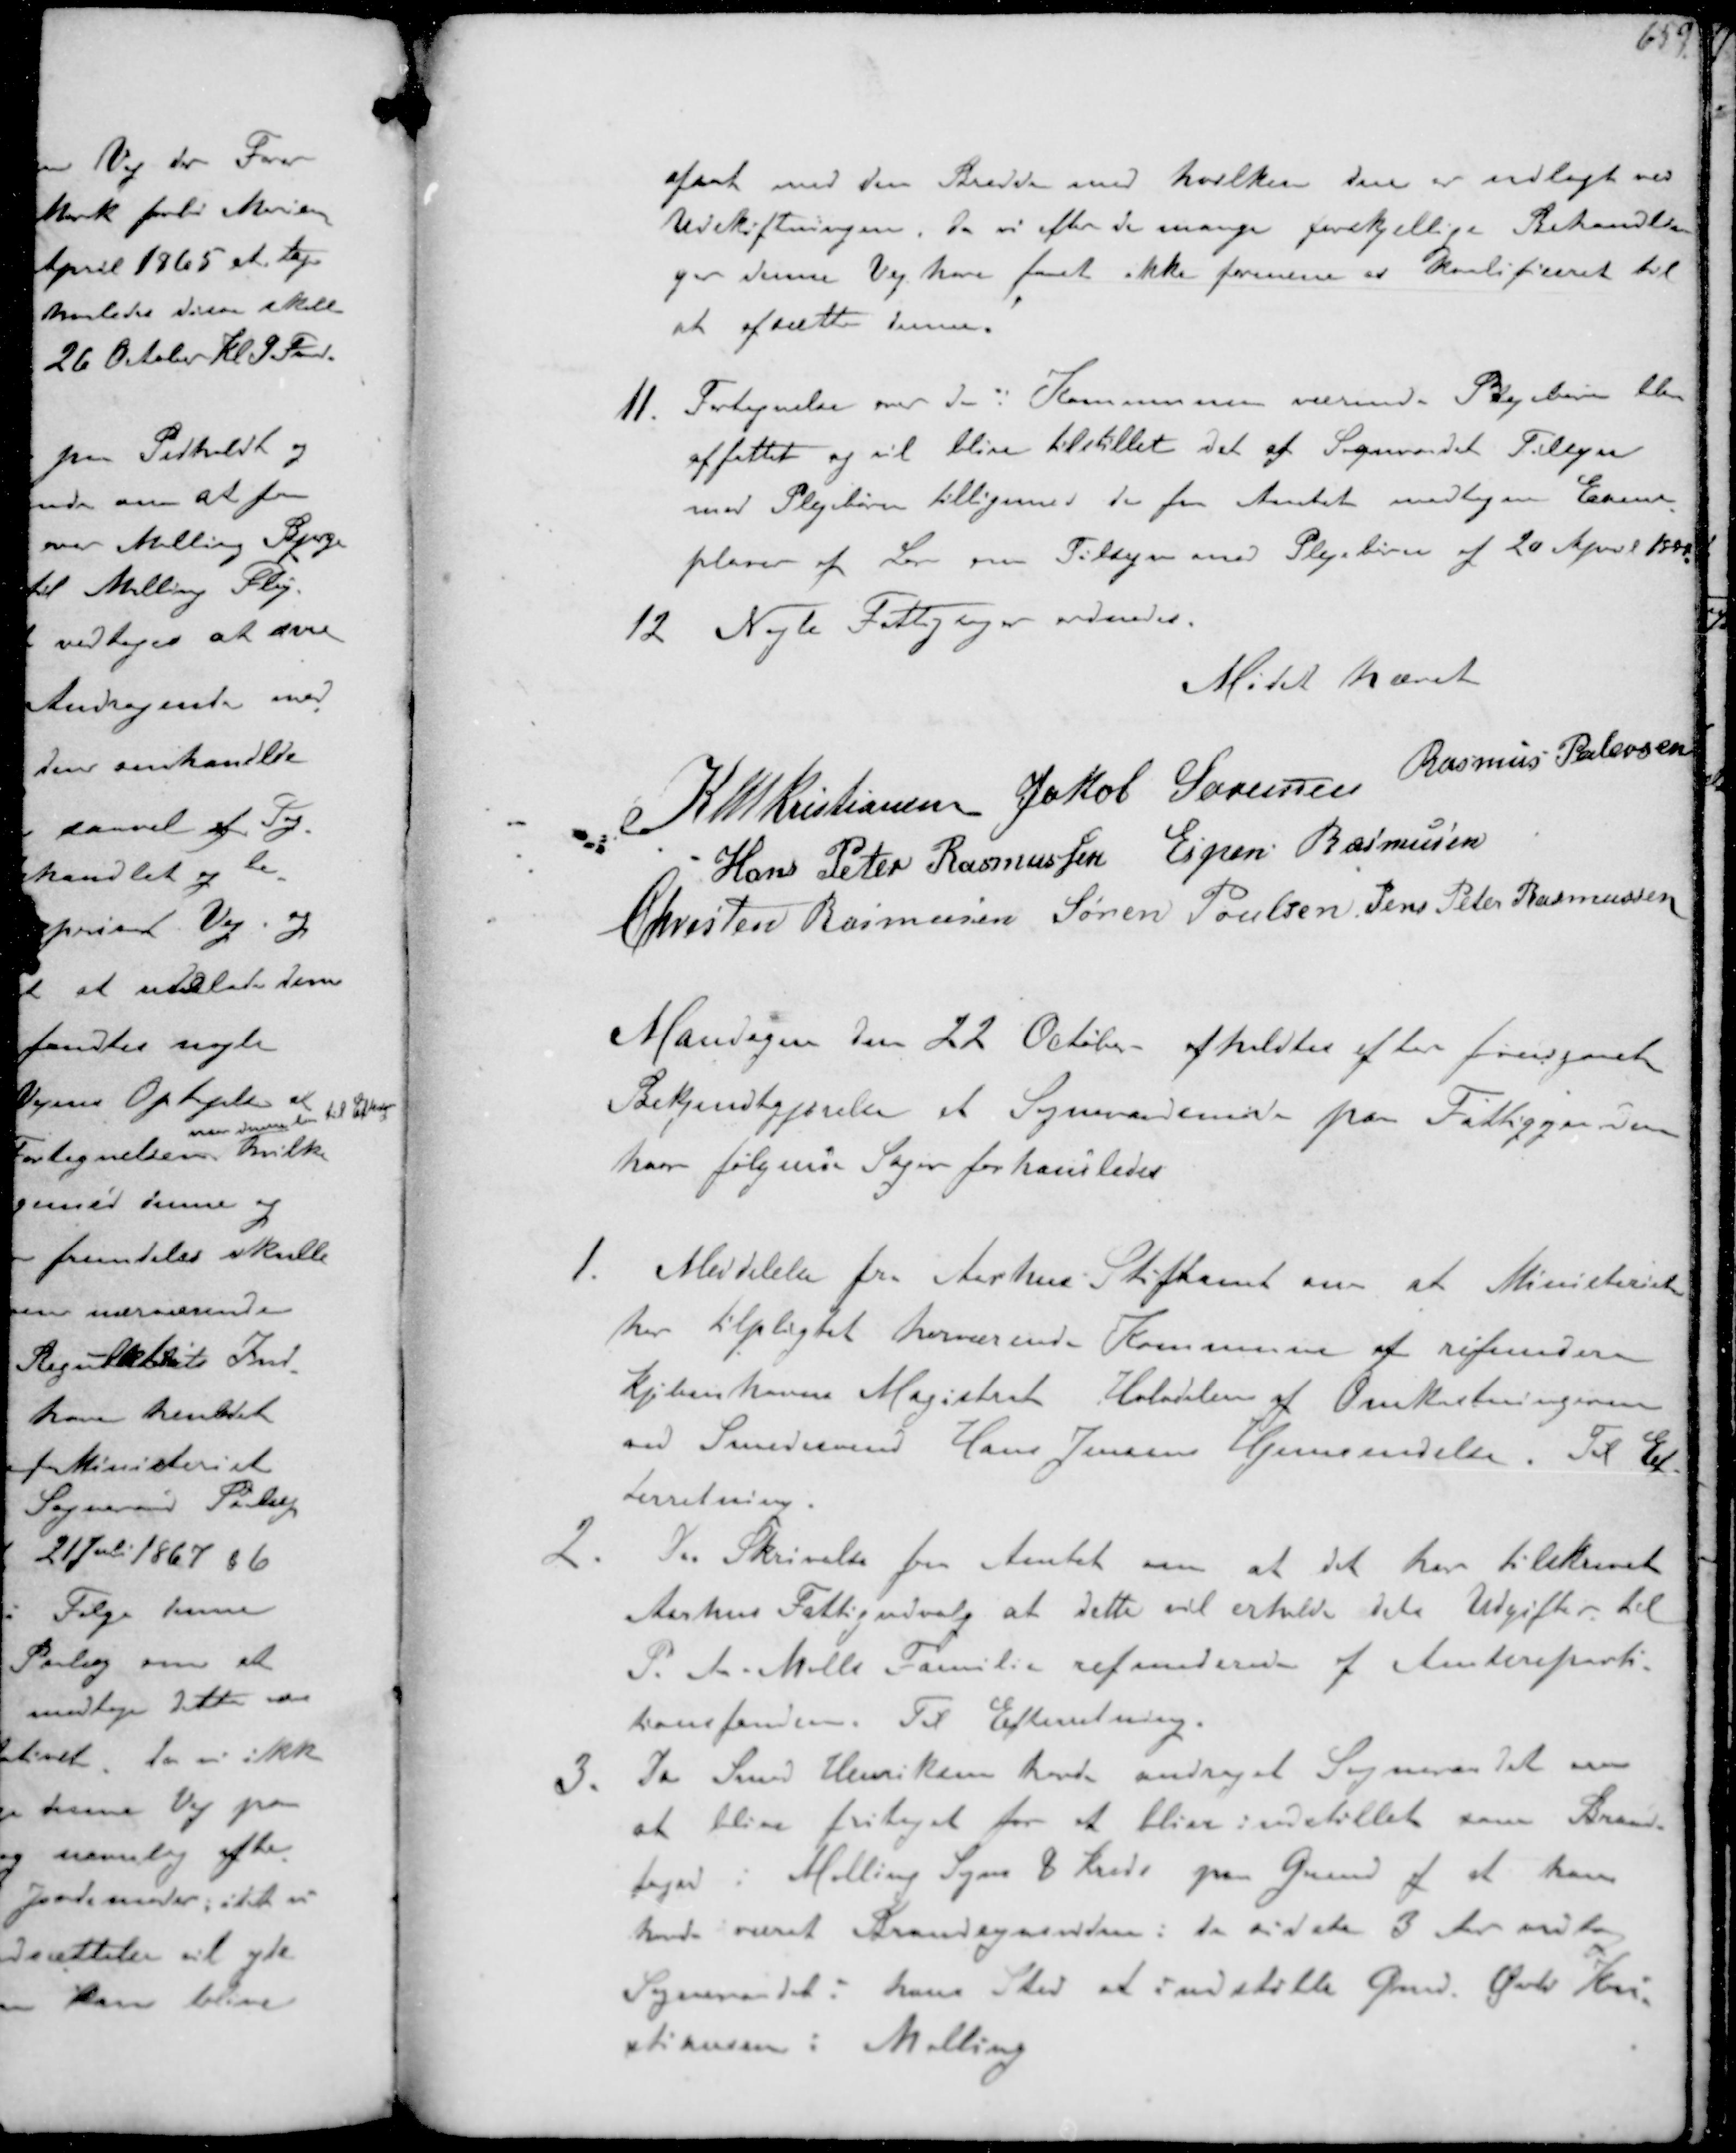
Transskription:
afsat med den Bredde med hvilken den er udlagt ved
Udskiftningen, da vi efter de mange forskellige Behandlin-
ger denne Vej har faat ikke formener er kvalificeret til
at afrette denne
11. Fortegnelse over de i Kommunen værende Plejebørn blev
affattet og vil blive tilstillet det af Sogneraadet Tilsyn
med Plejebørn tilligemed de fra Amtet modtagne Exem-
plarer af Lov om Tilsyn med Plejebørn af 20 April 1888
12. Nogle Fattigsager ordnedes.
Mødet hævet
K N M Kristiansen Jakob Sørensen Rasmus Pedersen
Hans Peter Rasmussen Espen Rasmussen
Christen Rasmussen Søren Poulsen Jens Peter Rasmussen
Mandagen den 22 October afholdtes efter forudgået
Bekjendtgørelse et Sogneraadsmøde paa Fattiggaarden
hvor følgende Sager forhandledes
1. Meddelelse fra Aarhus Stiftamt om at Ministeriet
har tilpligtet herværende Kommune at refundere
Kjøbenhavns Magistrat Halvdelen af Omkostningerne
ved Smedesvend Hans Jensens Hjemsendelse. Til Ef-
terretning
2. Skrivelse fra Amtet om at det har tilskrevet
Aarhus Fattigudvalg at dette vil erholde dets Udgifter til
P.J. Møllers Familie refunderede af Amtsreparti-
tionsfonden Til Efterretning.
3. Da Smed Henriksen havde andraget Sogneraadet
at blive fritaget for at blive indstillet som Brand-
foged i Malling Sogns 8 Kreds paa Grund af at han
havde været Brandsynsmedlem i de sidste 3 Aar vilde
Sogneraadet i hans Sted at indstille Gmd. Øvli Kri-
stiansen i Malling